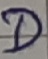
Text: D